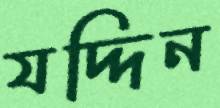
যদ্দিন